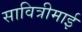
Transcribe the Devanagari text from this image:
सावित्रीमाई